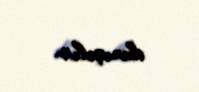
danışılır.